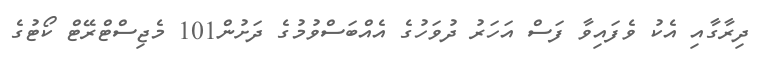
ދިރާގާއި އެކު ވެފައިވާ ފަސް އަހަރު ދުވަހުގެ އެއްބަސްވުމުގެ ދަށުން101 މެޖިސްޓްރޭޓް ކޯޓުގެ